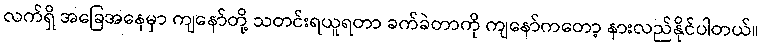
လက်ရှိ အခြေအနေမှာ ကျနော်တို့ သတင်းရယူရတာ ခက်ခဲတာကို ကျနော်ကတော့ နားလည်နိုင်ပါတယ်။